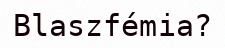
Blaszfémia?